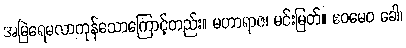
အမြဲရေမလာကုန်သောကြောင့်တည်း။ မဟာရာဇ၊ မင်းမြတ်။ ဧဝမေဝ ခေါ၊